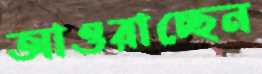
আওরাচ্ছেন